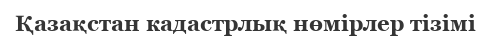
Қазақстан кадастрлық нөмірлер тізімі